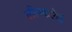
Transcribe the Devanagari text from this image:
लीपकलेई